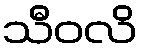
သီဝလိ